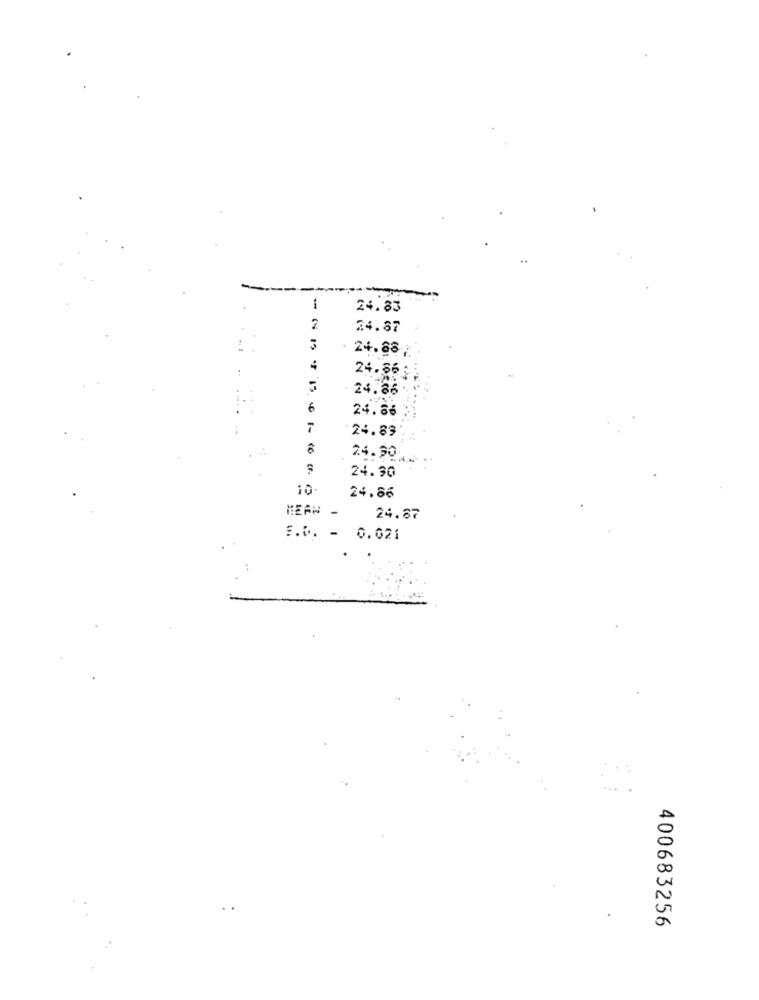
-
24.83
2
24.87
3
24.88
24.86
24.86
1 ..
. .
6
24.86
7
24.89
8
24.90
Cr
24.30
10
24.86
HEAR
24.87
S.D. - 0.021
400683256